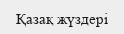
Қазақ жүздері